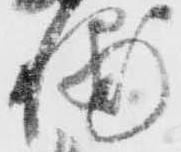
輔